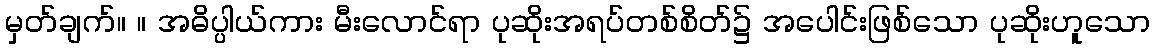
မှတ်ချက်။ ။ အဓိပ္ပါယ်ကား မီးလောင်ရာ ပုဆိုးအရပ်တစ်စိတ်၌ အပေါင်းဖြစ်သော ပုဆိုးဟူသော